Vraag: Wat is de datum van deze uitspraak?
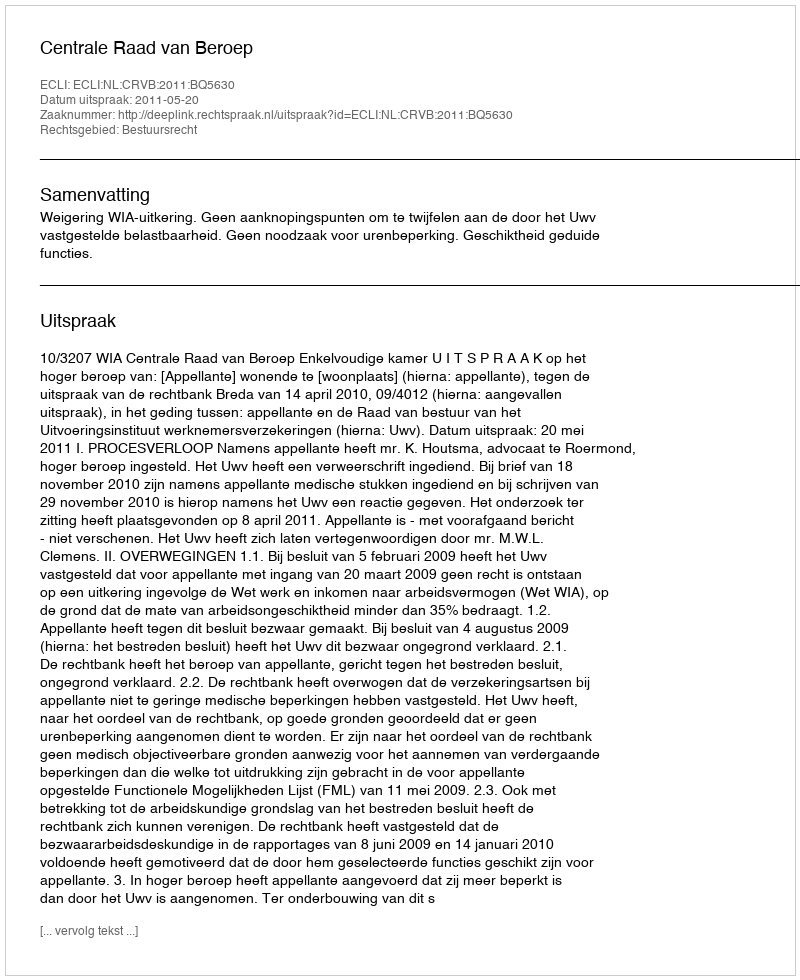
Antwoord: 2011-05-20